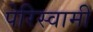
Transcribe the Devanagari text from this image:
पेरिस्वामी